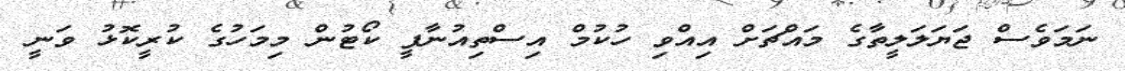
ނަމަވެސް ޖަޔަލަލީތާގެ މައްޗަށް އިއްވި ހުކުމް އިސްތިއުނާފީ ކޯޓުން މިމަހުގެ ކުރީކޮޅު ވަނީ